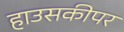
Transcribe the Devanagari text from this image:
हाउसकीपर